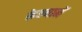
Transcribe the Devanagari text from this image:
केल्यानें